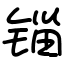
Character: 锱